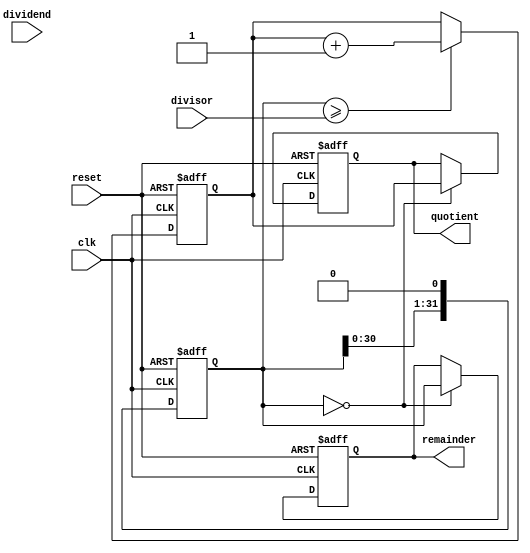
module ShiftAndSubtractDivider (
    input wire clk,
    input wire reset,
    input wire [31:0] dividend,
    input wire [31:0] divisor,
    output reg [31:0] quotient,
    output reg [31:0] remainder
);

reg [31:0] shift_register;
reg [31:0] partial_quotient;

always @(posedge clk or posedge reset) begin
    if (reset) begin
        shift_register <= 32'b0;
        partial_quotient <= 32'b0;
        quotient <= 32'b0;
        remainder <= 32'b0;
    end else begin
        if (shift_register >= divisor) begin
            shift_register <= shift_register - divisor;
            partial_quotient <= partial_quotient + 1;
        end
        shift_register <= shift_register << 1;
        if (shift_register[31:0] == 0) begin
            quotient <= partial_quotient;
            remainder <= shift_register;
        end
    end
end

endmodule